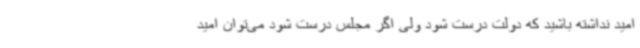
امید نداشته باشید که دولت درست شود ولی اگر مجلس درست شود می‌توان امید